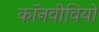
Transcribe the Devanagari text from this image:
कॉनवीवियो